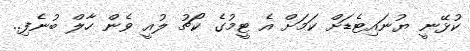
ކުޅޭނީ ޔުނައިޓެޑަށް ކަމަށް އެ ޓީމުގެ ކޯޗު ލުއީ ވެން ހާލް ބުނެފި..